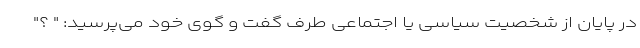
در پایان از شخصیت سیاسی یا اجتماعی طرف گفت و گوی خود می‌پرسید: " ؟"